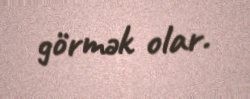
görmək olar.